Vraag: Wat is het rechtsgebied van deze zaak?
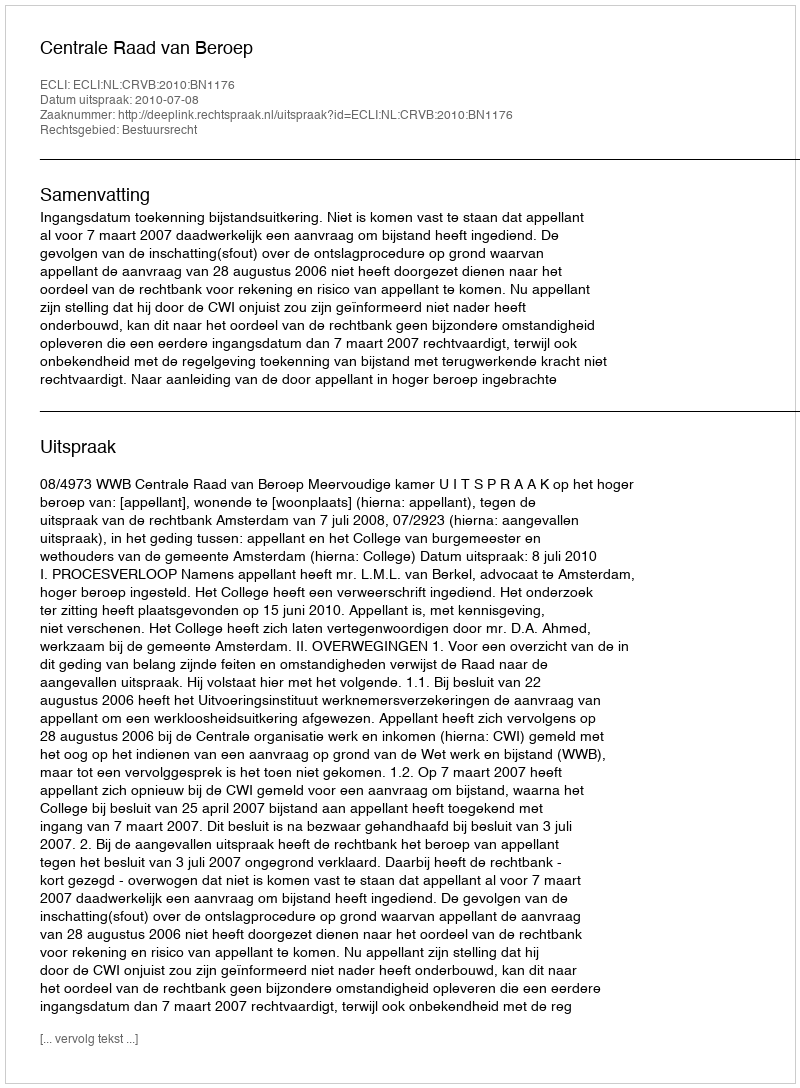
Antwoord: Bestuursrecht